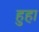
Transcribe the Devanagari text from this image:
हुहा